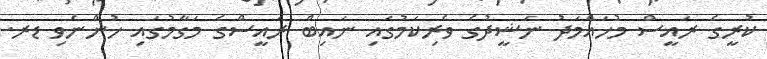
ކުރީގެ ރައީސް މުހައްމަދު ނަޝީދުގެ ވެރިކަމުގައި ނައިބް ރައީސްގެ މަގާމުގައި ހުންނެވި ޑރ.